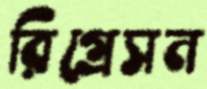
রিগ্রেসন